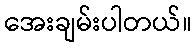
အေးချမ်းပါတယ်။